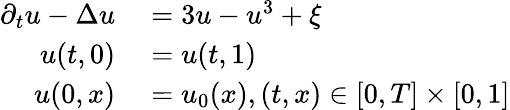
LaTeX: \begin{array}{rl}{\partial_{t}u-\Delta u}&{{}=3u-u^{3}+\xi}\\ {u(t,0)}&{{}=u(t,1)}\\ {u(0,x)}&{{}=u_{0}(x),(t,x)\in[0,T]\times[0,1]}\end{array}